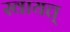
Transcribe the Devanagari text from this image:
स्वायत्त्